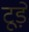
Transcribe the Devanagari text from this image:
टूड़े